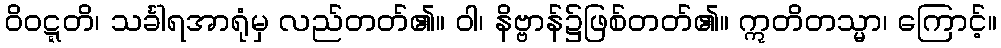
ဝိဝဋ္ဋတိ၊ သင်္ခါရအာရုံမှ လည်တတ်၏။ ဝါ၊ နိဗ္ဗာန်၌ဖြစ်တတ်၏။ ဣတိတသ္မာ၊ ကြောင့်။